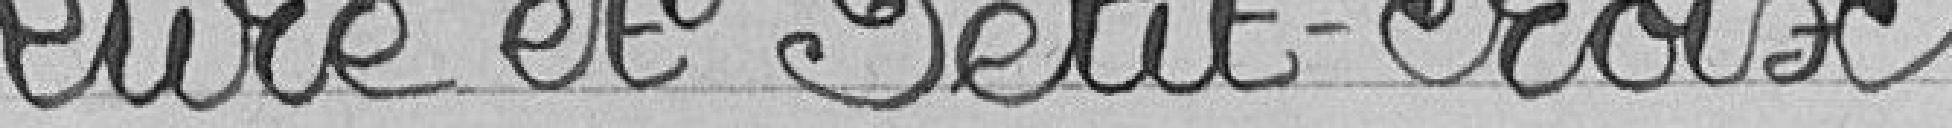
Lure et Petit-Croix